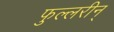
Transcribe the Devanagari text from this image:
फुल्लरीन्